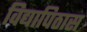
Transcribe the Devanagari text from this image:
विद्यापिठास